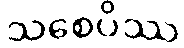
သစေပိဿ